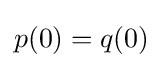
p(0)=q(0)